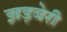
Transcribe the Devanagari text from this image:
झड़बेरी